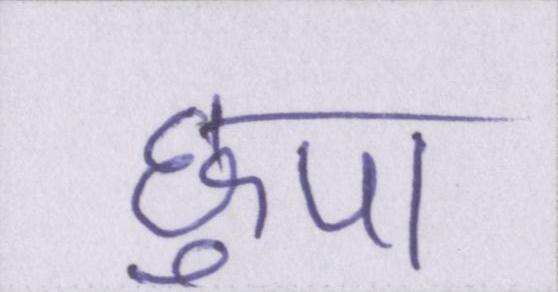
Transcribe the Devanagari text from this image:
छुपा